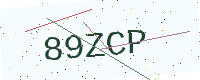
Text: 89ZCP